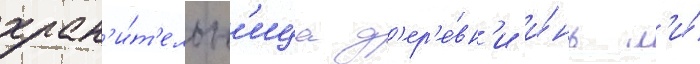
хран'и́т'ельн'ица д'ер'е́вн'и и́нь л'и́